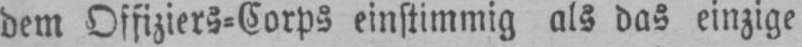
dem Offiziers⸗Corps einstimmig als das einzige